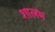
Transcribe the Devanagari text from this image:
शालभ